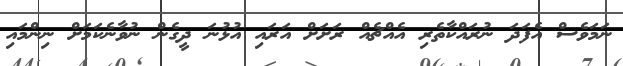
ނަމަވެސް އެފަދަ ނުރައްކާތެރި އެއްޗެއް ރަށަށް އަރައި އުޅުނަ ދީގެން ނުވާނެކަމަށް ނިންމައި